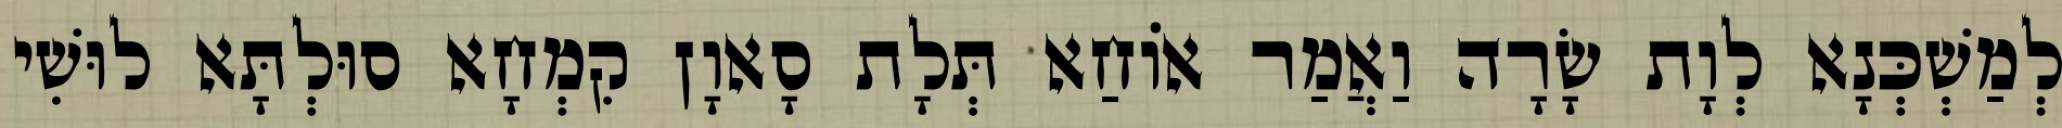
לְמַשְׁכְּנָא לְוָת שָׂרָה וַאֲמַר אוֹחַא תְּלָת סָאוָן קִמְחָא סוּלְתָּא לוּשִׁי